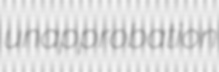
unapprobation